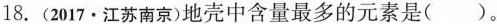
18.(2017\cdot江苏南京)地壳中含量最多的元素是()。